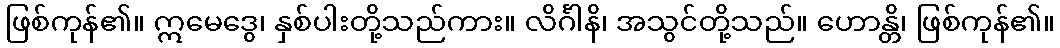
ဖြစ်ကုန်၏။ ဣမေဒွေ၊ နှစ်ပါးတို့သည်ကား။ လိင်္ဂါနိ၊ အသွင်တို့သည်။ ဟောန္တိ၊ ဖြစ်ကုန်၏။